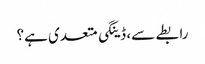
رابطے سے، ڈینگی متعدی ہے؟